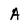
Character: A